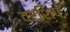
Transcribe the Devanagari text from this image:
वरशिप